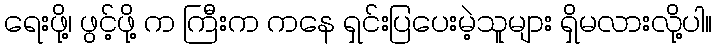
ရေးဖို့၊ ဖွင့်ဖို့ က ကြီးက ကနေ ရှင်းပြပေးမဲ့သူများ ရှိမလားလို့ပါ။